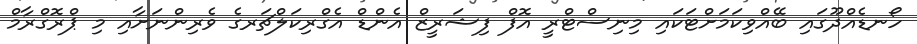
ހޯނޑެއްދޫގައި ބޭއްވިކަމަށްޓަކައި މިނިސްޓްރީ އޮފް ފިޝަރީޒް އެންޑް އެގްރިކަލްޗަރގެ ވެރިންނަށާއި މި ޕްރޮގްރާމް